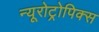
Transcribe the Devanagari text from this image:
न्यूरोट्रोपिक्स